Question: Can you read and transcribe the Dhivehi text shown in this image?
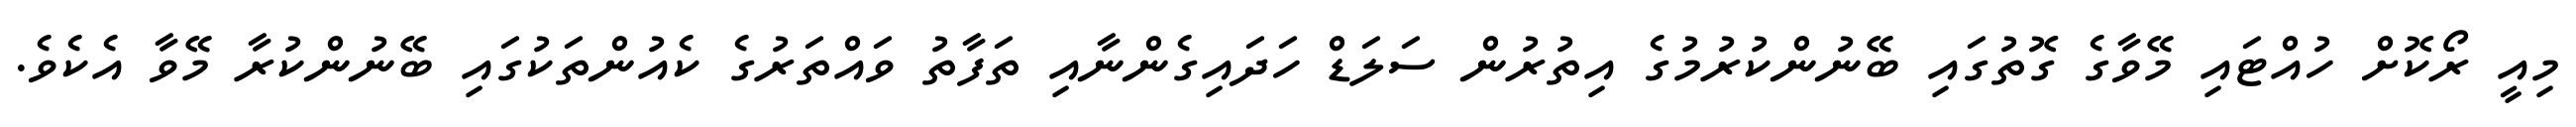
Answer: މިއީ ރޯކޮށް ހުއްޓައި މޭވާގެ ގޮތުގައި ބޭނުންކުރުމުގެ އިތުރުން ސަލަޑް ހަދައިގެންނާއި ތަފާތު ވައްތަރުގެ ކެއުންތަކުގައި ބޭނުންކުރާ މޭވާ އެކެވެ.